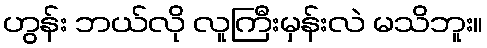
ဟွန်း ဘယ်လို လူကြီးမှန်းလဲ မသိဘူး။